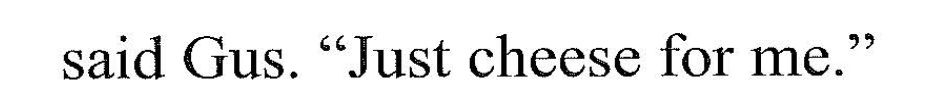
said Gus. "Just cheese for me."